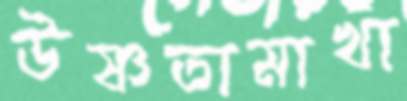
উষ্ণতামাখা